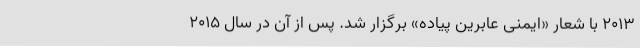
۲۰۱۳ با شعار «ایمنی عابرین پیاده» برگزار شد. پس از آن در سال ۲۰۱۵